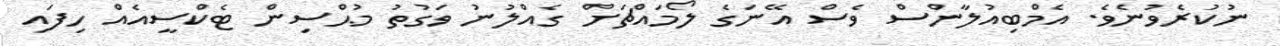
ނުކުރެވުނެވެ. އެމްބިއުލާންސް ވެސް އޭނަގެ ލޯމައްޗަށް ގެއްލުނު ވަގުތު މުޙްސިން ޓެކްސީއެއް ހިފައި